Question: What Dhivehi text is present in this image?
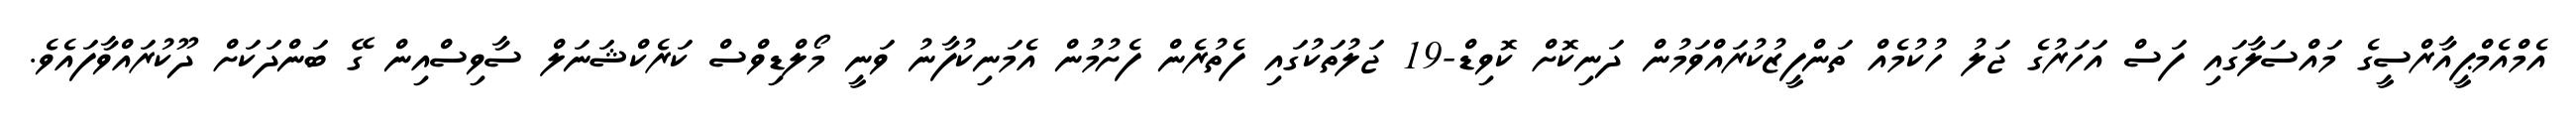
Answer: އެމްއެމްޕީއާރްސީގެ މައްސަލާގައި ފަސް އަހަރުގެ ޖަލު ހުކުމެއް ތަންފީޒުކުރައްވަމުން ދަނިކޮށް ކޮވިޑް-19 ޖަލުތަކުގައި ފެތުރެން ފެށުމުން އެމަނިކުފާނު ވަނީ މޯލްޑިވްސް ކަރެކްޝަނަލް ސާވިސްއިން ގޭ ބަންދަކަށް ދޫކުރައްވާފައެވެ.